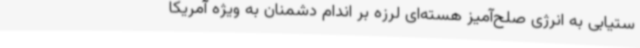
ستیابی به انرژی صلح‌آمیز هسته‌ای لرزه بر اندام دشمنان به ویژه آمریکا